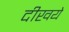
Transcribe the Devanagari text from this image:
दीखये